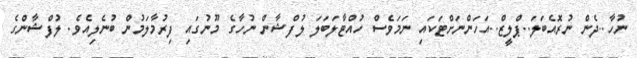
ނުހާ..ދެން ނުރޮއެބަލަ..ޕްލީޒް..އަހަންނަށްޓަކައި ނަމަވެސް ހުއްޓާލަބަލަ ލުފްޝާން ނުހާގެ މޫނުގައި ފިރުމާލަމުން ބުނެލިއެވެ. ލުފްޝާންގެ